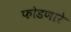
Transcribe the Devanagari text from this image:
फोडणारे